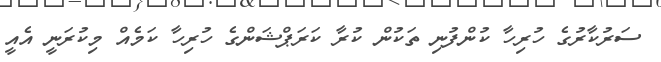
ސަރުކާރުގެ ހުރިހާ ކުންފުނި ތަކުން ކުރާ ކަރަޕްޝަންގެ ހުރިހާ ކަމެއް މިކުރަނީ އެއީ